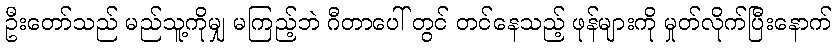
ဦးတော်သည် မည်သူ့ကိုမျှ မကြည့်ဘဲ ဂီတာပေါ် တွင် တင်နေသည့် ဖုန်များကို မှုတ်လိုက်ပြီးနောက်